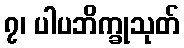
၇၊ ပါပဘိက္ခုသုတ်